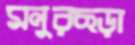
মনুরছড়া